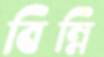
বিন্নি